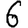
Digit: 6